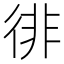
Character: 徘